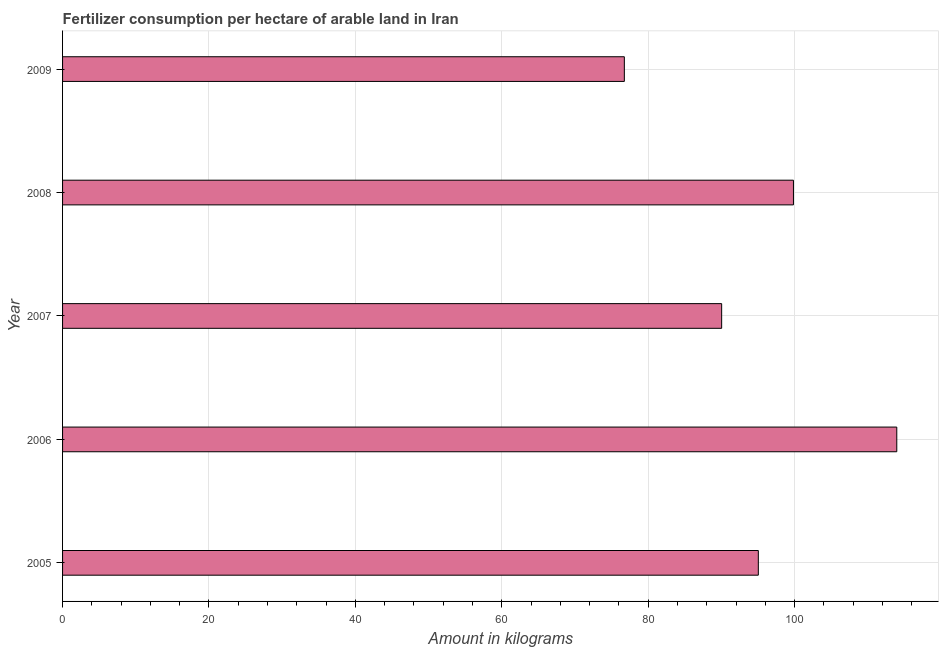
| Year | Fertilizer consumption |
 | --- | --- |
 | 2005 | 95 |
 | 2006 | 114 |
 | 2007 | 90 |
 | 2008 | 99.8 |
 | 2009 | 76.7 |